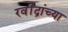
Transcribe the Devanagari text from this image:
रवींद्रांच्या